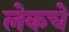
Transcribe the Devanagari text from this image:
लेकचे